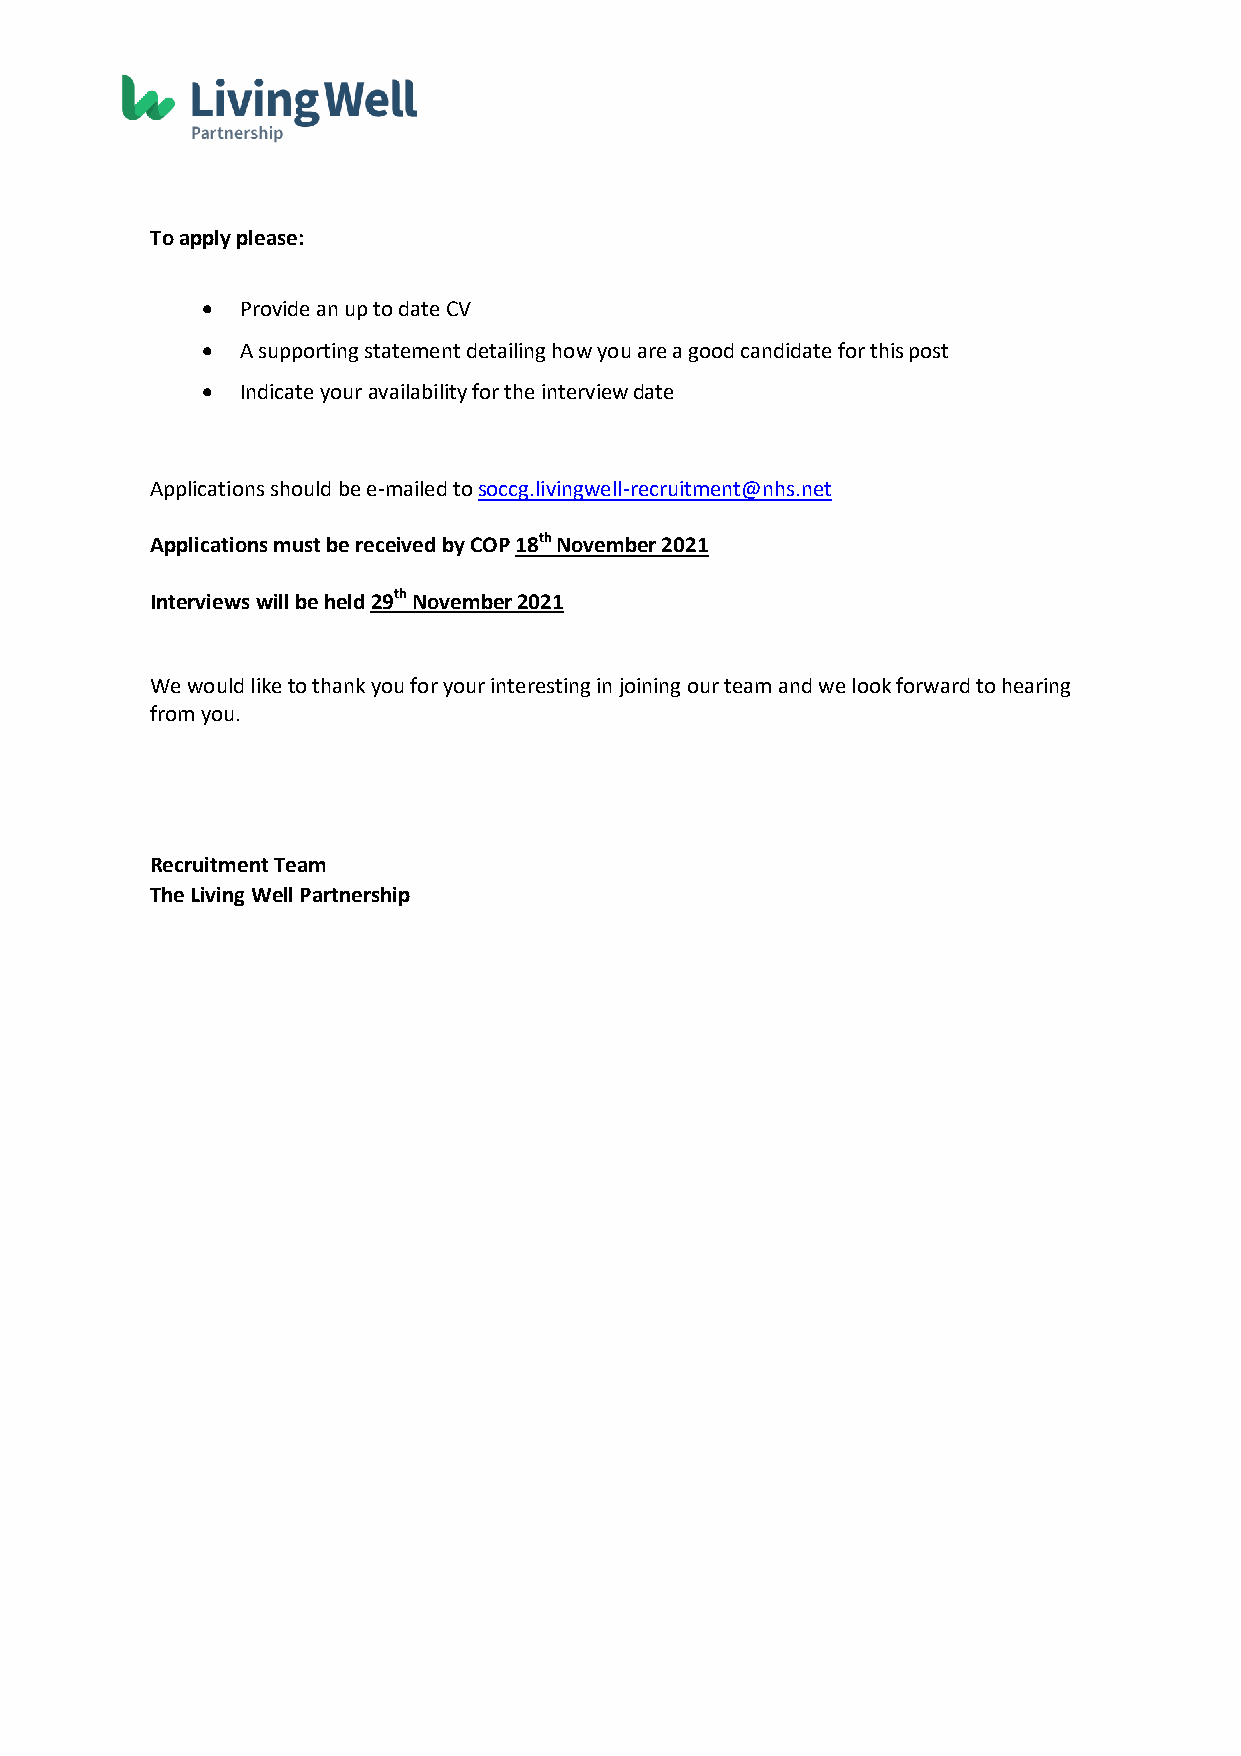
To apply please:
   Provide an up to date CV
   A supporting statement detailing how you are a good candidate for this post
   Indicate your availability for the interview date
 Applications should be e-mailed to soccg.livingwell-recruitment@nhs.net
 Applications must be received by COP 18th November 2021
 Interviews will be held 29th November 2021
 We would like to thank you for your interesting in joining our team and we look forward to hearing
 from you.
 Recruitment Team
 The Living Well Partnership